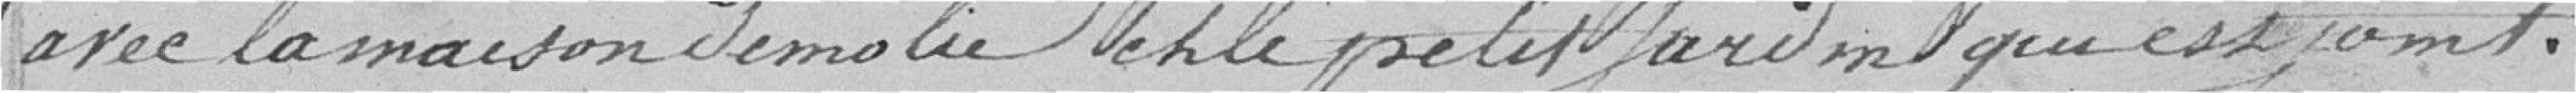
avec la maison démolie et le petit jardin qui est joint.